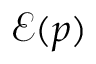
\mathcal { E } ( p )